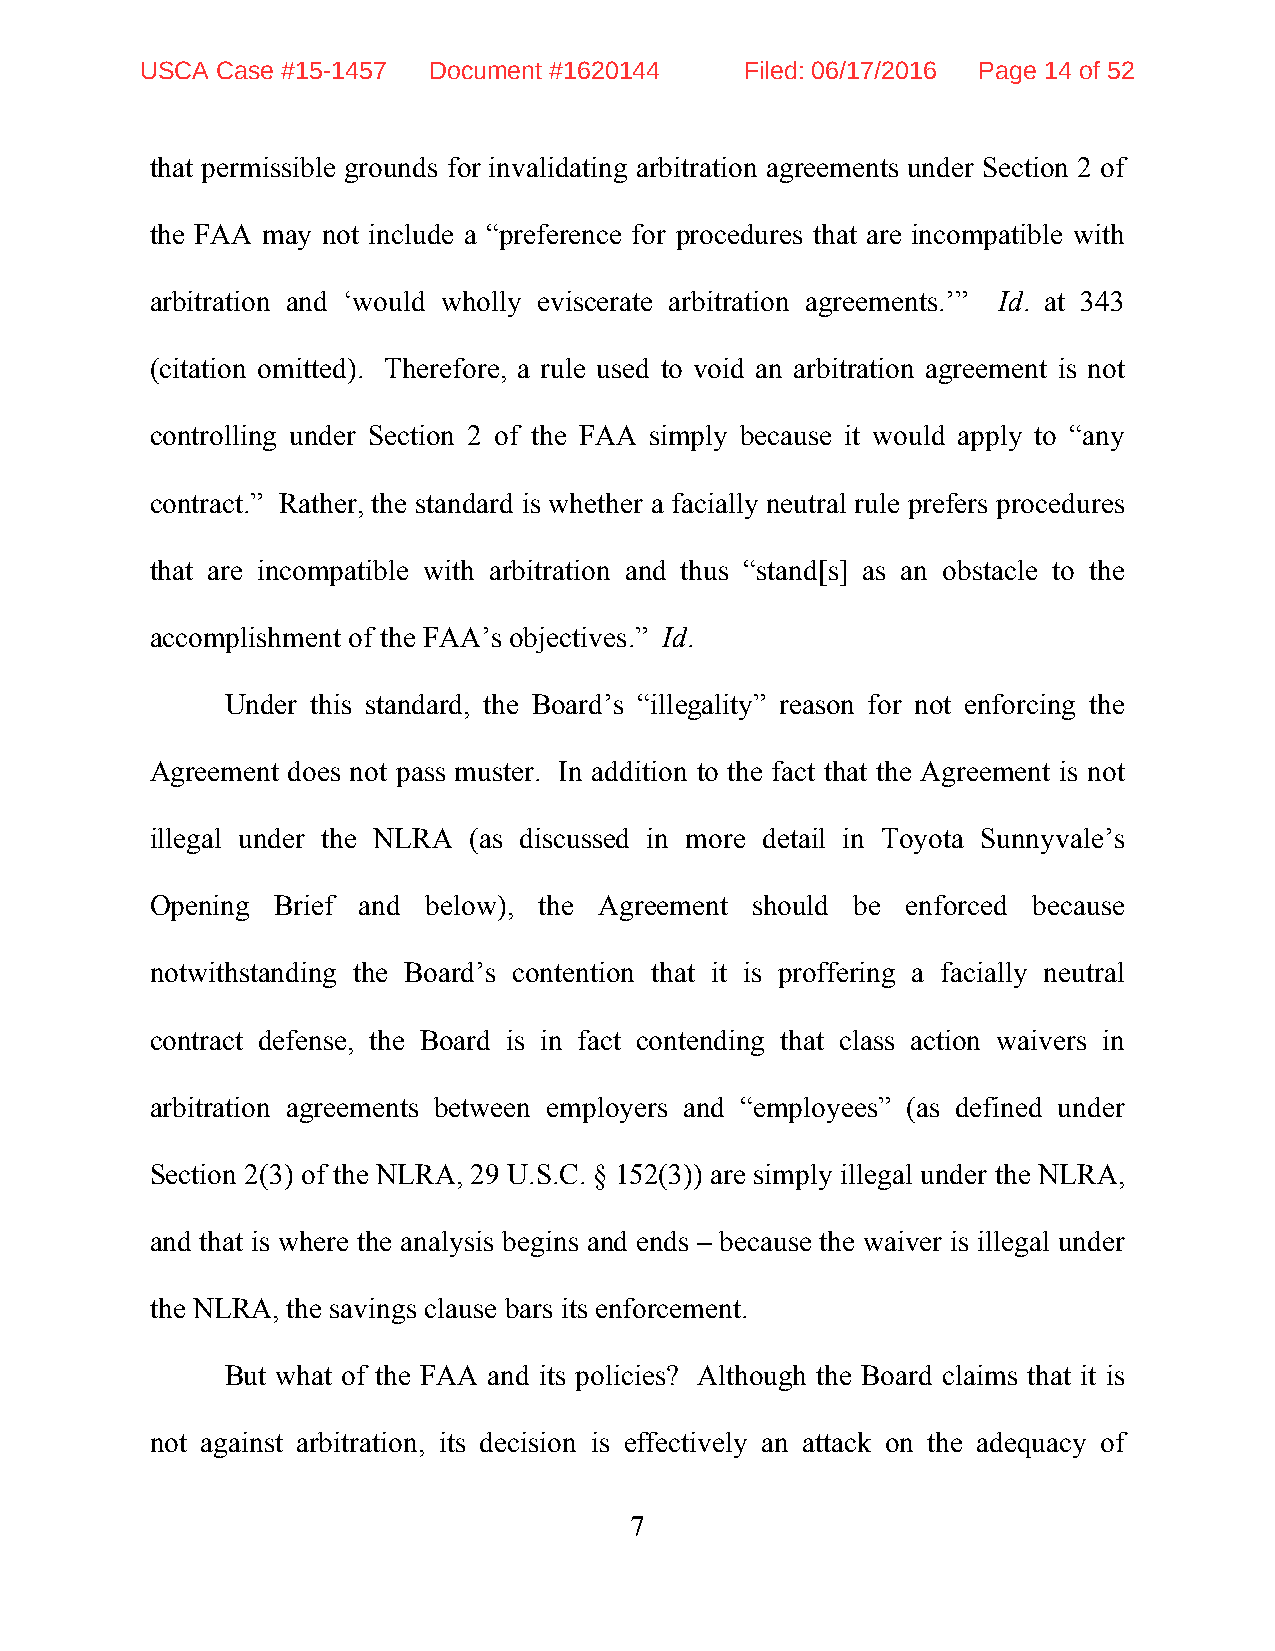
USCA Case #15-1457 Document #1620144    Filed: 06/17/2016 Page 14 of 52
 that permissible grounds for invalidating arbitration agreements under Section 2 of
 the FAA may not include a “preference for procedures that are incompatible with
 arbitration and ‘would wholly eviscerate arbitration agreements.’” Id. at 343
 (citation omitted). Therefore, a rule used to void an arbitration agreement is not
 controlling under Section 2 of the FAA simply because it would apply to “any
 contract.” Rather, the standard is whether a facially neutral rule prefers procedures
 that are incompatible with arbitration and thus “stand[s] as an obstacle to the
 accomplishment of the FAA’s objectives.” Id.
 Under this standard, the Board’s “illegality” reason for not enforcing the
 Agreement does not pass muster. In addition to the fact that the Agreement is not
 illegal under the NLRA (as discussed in more detail in Toyota Sunnyvale’s
 Opening Brief and below), the Agreement should be enforced because
 notwithstanding the Board’s contention that it is proffering a facially neutral
 contract defense, the Board is in fact contending that class action waivers in
 arbitration agreements between employers and “employees” (as defined under
 Section 2(3) of the NLRA, 29 U.S.C. § 152(3)) are simply illegal under the NLRA,
 and that is where the analysis begins and ends – because the waiver is illegal under
 the NLRA, the savings clause bars its enforcement.
 But what of the FAA and its policies? Although the Board claims that it is
 not against arbitration, its decision is effectively an attack on the adequacy of
 7